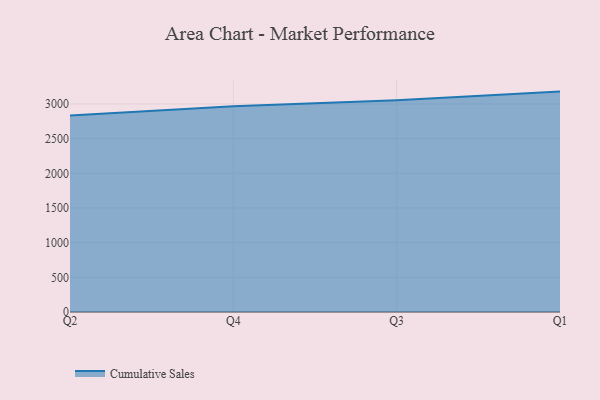
{"axis": {"x": "Quarter", "y": "Tickets Resolved"}, "legend": ["Cumulative Sales"], "data": [{"x": "Q2", "y": 2832.6, "type": "Cumulative Sales"}, {"x": "Q4", "y": 2967.8, "type": "Cumulative Sales"}, {"x": "Q3", "y": 3054.4, "type": "Cumulative Sales"}, {"x": "Q1", "y": 3178.2, "type": "Cumulative Sales"}]}